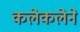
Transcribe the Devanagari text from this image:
कलेकलेने